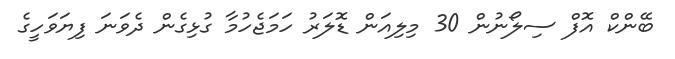
ބޭންކް އޮފް ސިލޯނުން 30 މިލިއަން ޑޮލަރު ހަމަޖެހުމާ ގުޅިގެން ދެވަނަ ފިޔަވަހީގެ